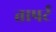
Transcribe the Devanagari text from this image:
तापर्ट